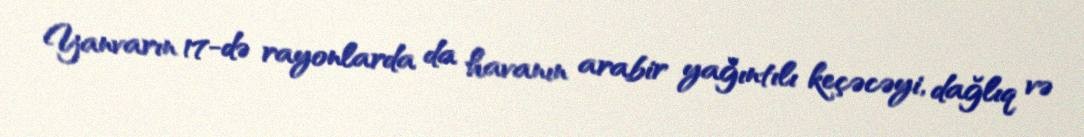
Yanvarın 17-də rayonlarda da havanın arabir yağıntılı keçəcəyi, dağlıq və